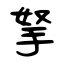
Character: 拏